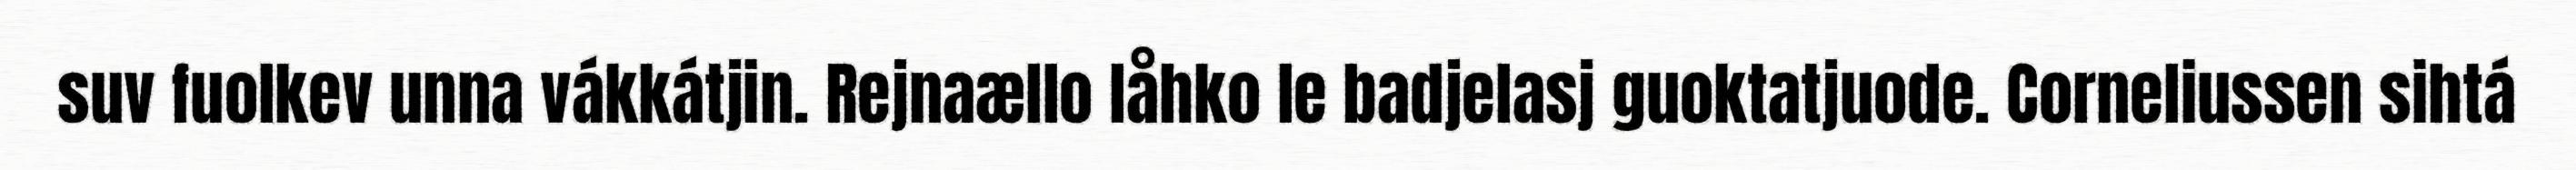
suv fuolkev unna vákkátjin. Rejnaællo låhko le badjelasj guoktatjuode. Corneliussen sihtá